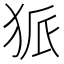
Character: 𤞅